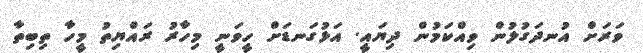
ވަރަށް އުނދަގުލުން ވިއްކަމުން ދިޔައީ. އަޅުގަނޑަށް ހީވަނީ މިހާރު ރައްޔިތު މީހާ ތިބިތާ